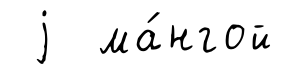
j ма́нгой